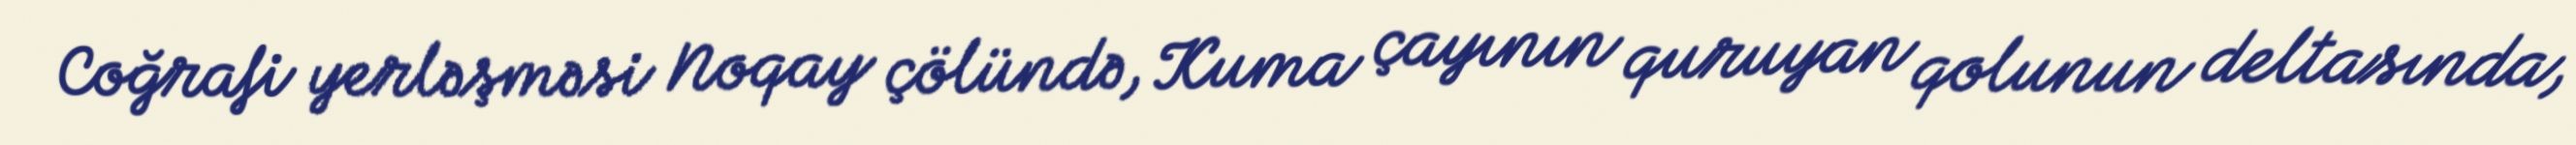
Coğrafi yerləşməsi Noqay çölündə, Kuma çayının quruyan qolunun deltasında,